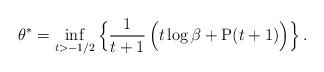
LaTeX: \begin{align*}\theta^{\ast} = \inf_{t>-1/2} \Big\{\frac{1}{t+1}\left(t\log\beta + \mathrm{P}(t+1)\Big)\right\}.\end{align*}